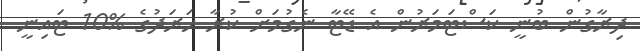
ދިރާގުން ބުނީ ކަސްޓަމަރުން އެ ޑޭޓާ ނެގުމަށް ކުރާ ހަރަދުގެ %10 ޓައިނީ